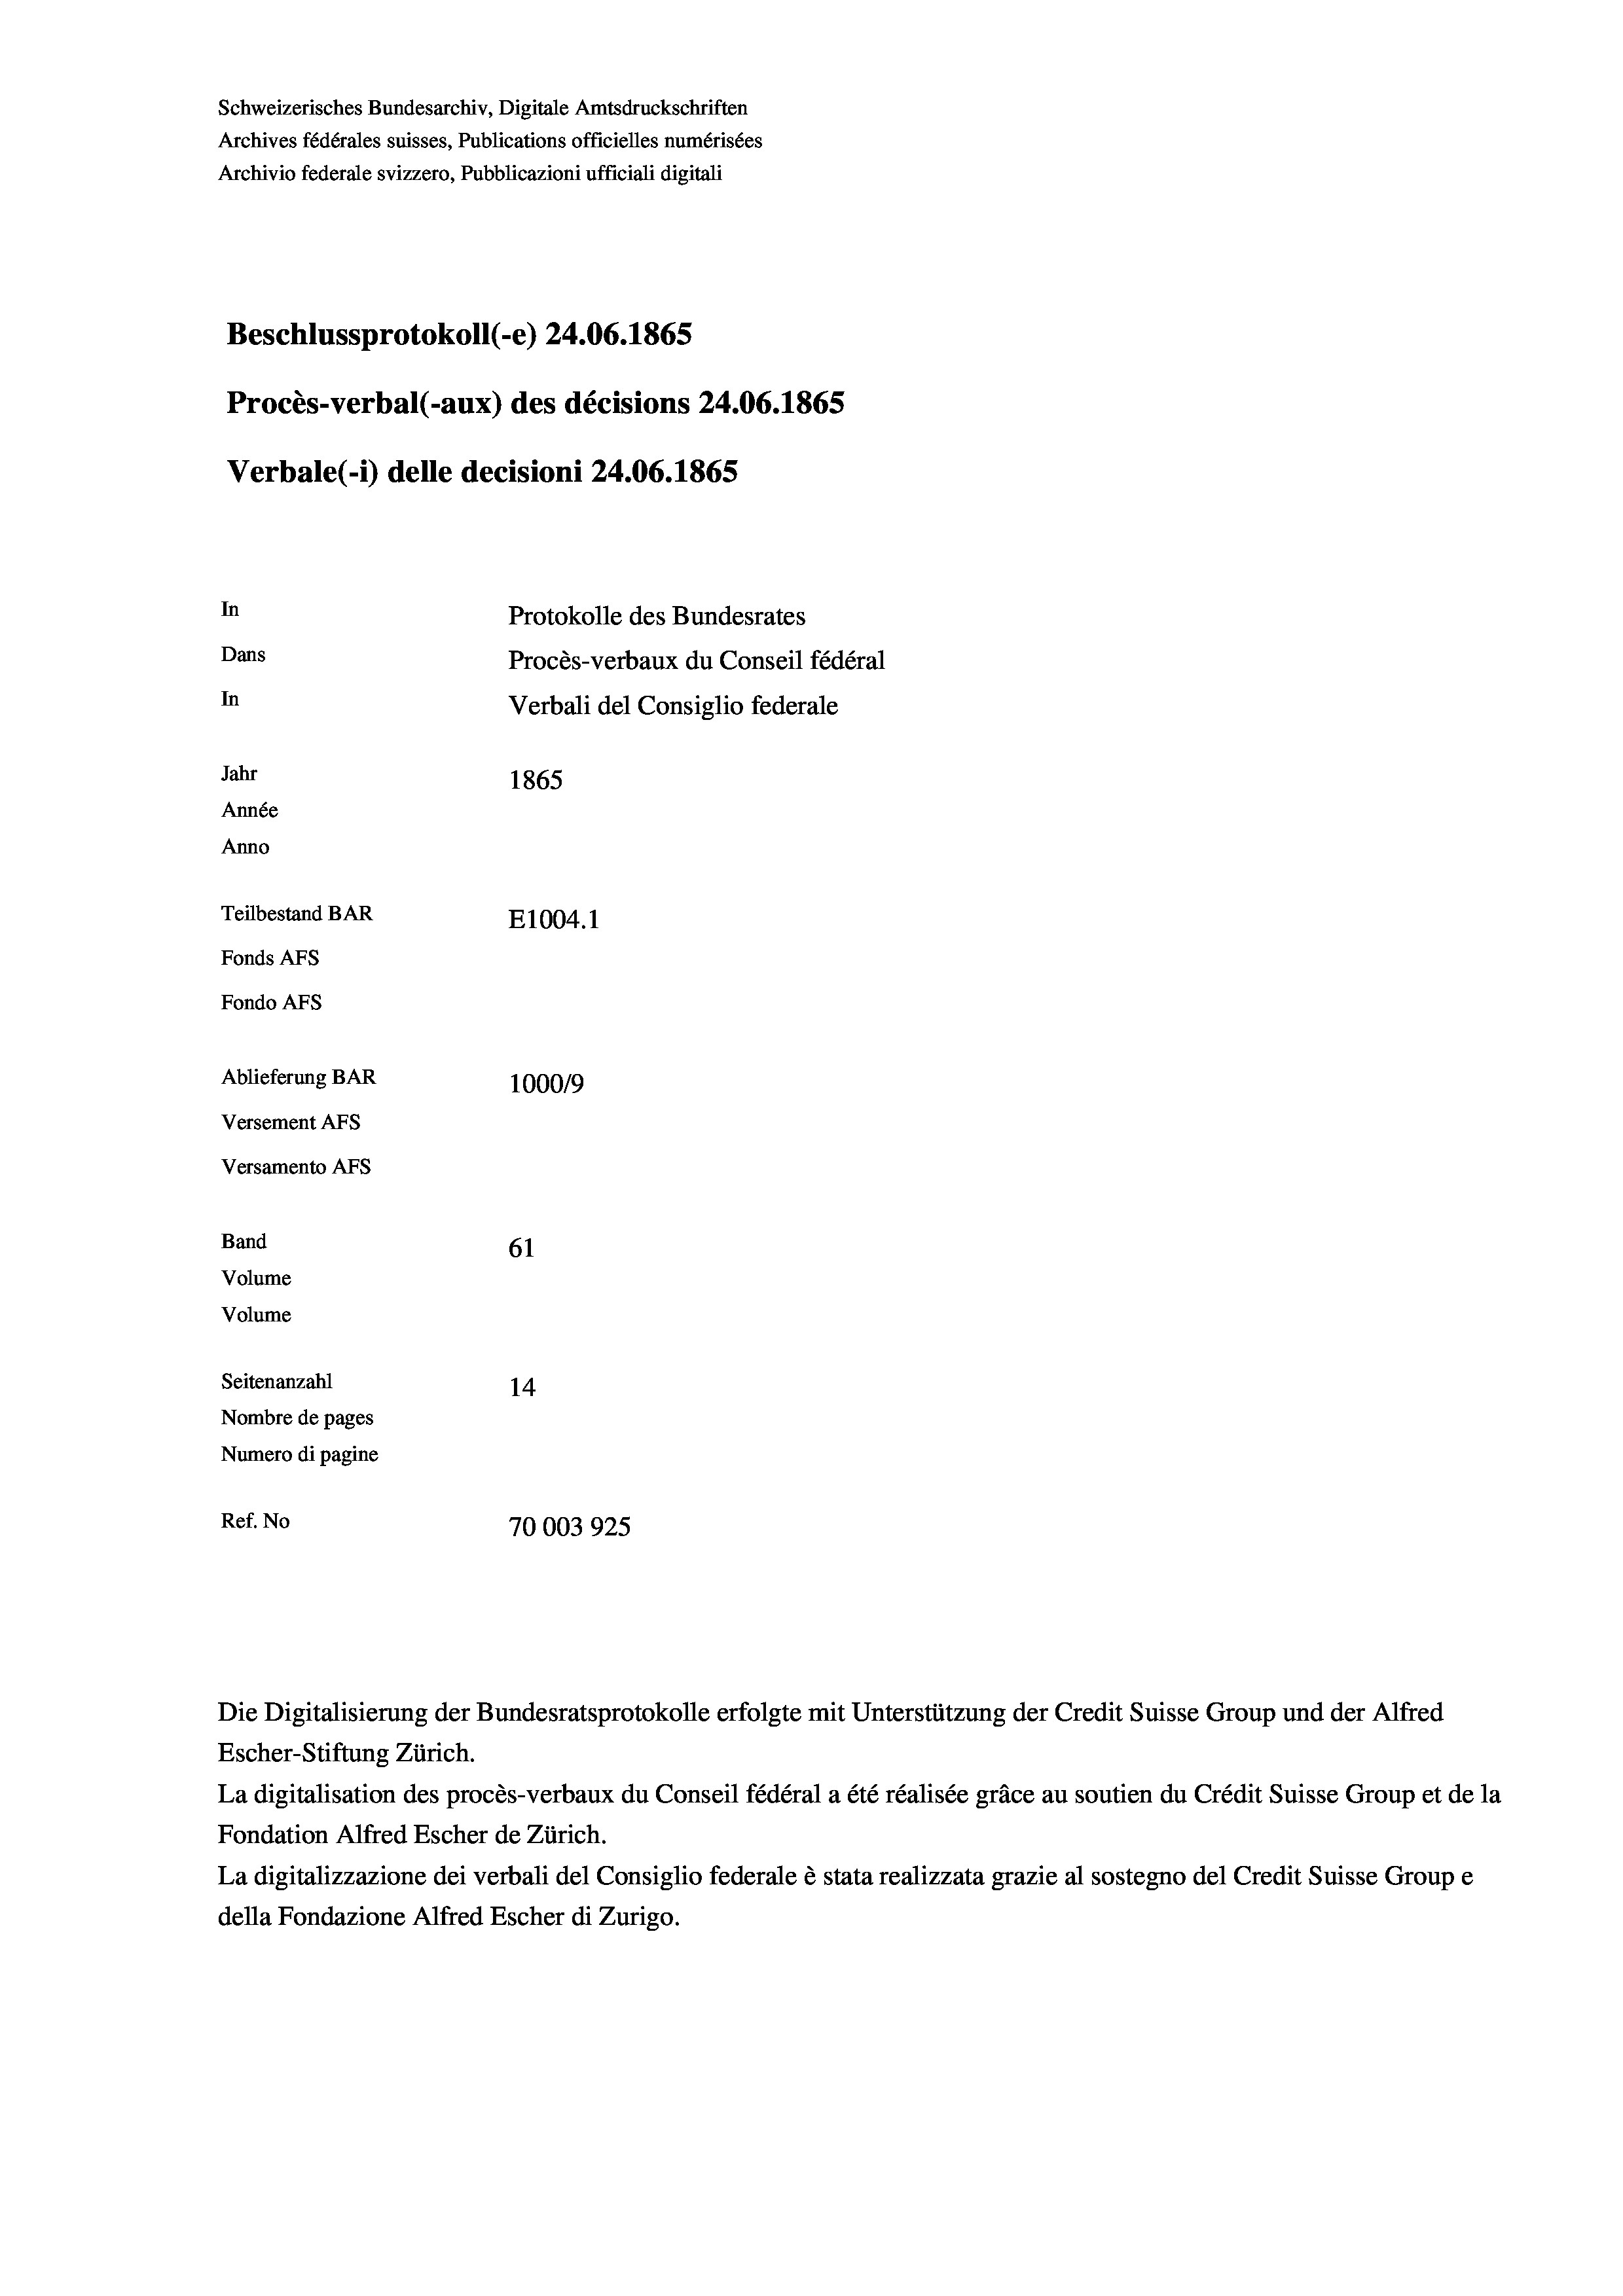
Schweizerisches Bundesarchiv, Digitale Amtsdruckschriften
Archives fédérales suisses, Publications officielles numérisées
Archivio federale svizzero, Pubblicazioni ufficiali digitali
Beschlussprotokoll (-e) 24.06. 1865
Procès-verbal (-aux) des décisions 24.06. 1865
Verbale (i) delle decisioni 24.06. 1865
In
Protokolle des Bundesrates
Dans
Procès-verbaux du Conseil fédéral
In
Verbali del Consiglio federale
Jahr
1865
Année
Anno
Teilbestand BAR
E1004.1
Fonds AFs
Fondo AFs
Ablieferung BAR
100019
Versement Abs
Versamento Afs
Band
61
Volume
Volume

Seitenanzahl
14
Nombre de pages
Numero di pagine
Ref. No
70003925

Escher-Stiftung Zürich.
La digitalisation des procès-verbaux du Conseil fédéral a été réalisée gräce au soutien du Crédit Suisse Group et de la
Fondation Alfred Escher de Zürich.
La digitalizzazione dei verbali del Consiglio federale è stata realizzata grazie al sostegno del Credit Suisse Groupe
della Fondazione Alfred Escher di Zurigo.

Die Digitalisierung der Bundesratsprotokolle erfolgte mit Unterstützung der Credit Suisse Group und der Alfred